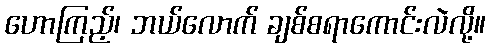
ဟောကြည့်၊ ဘယ်လောက် ချစ်စရာကောင်းလဲလို့။